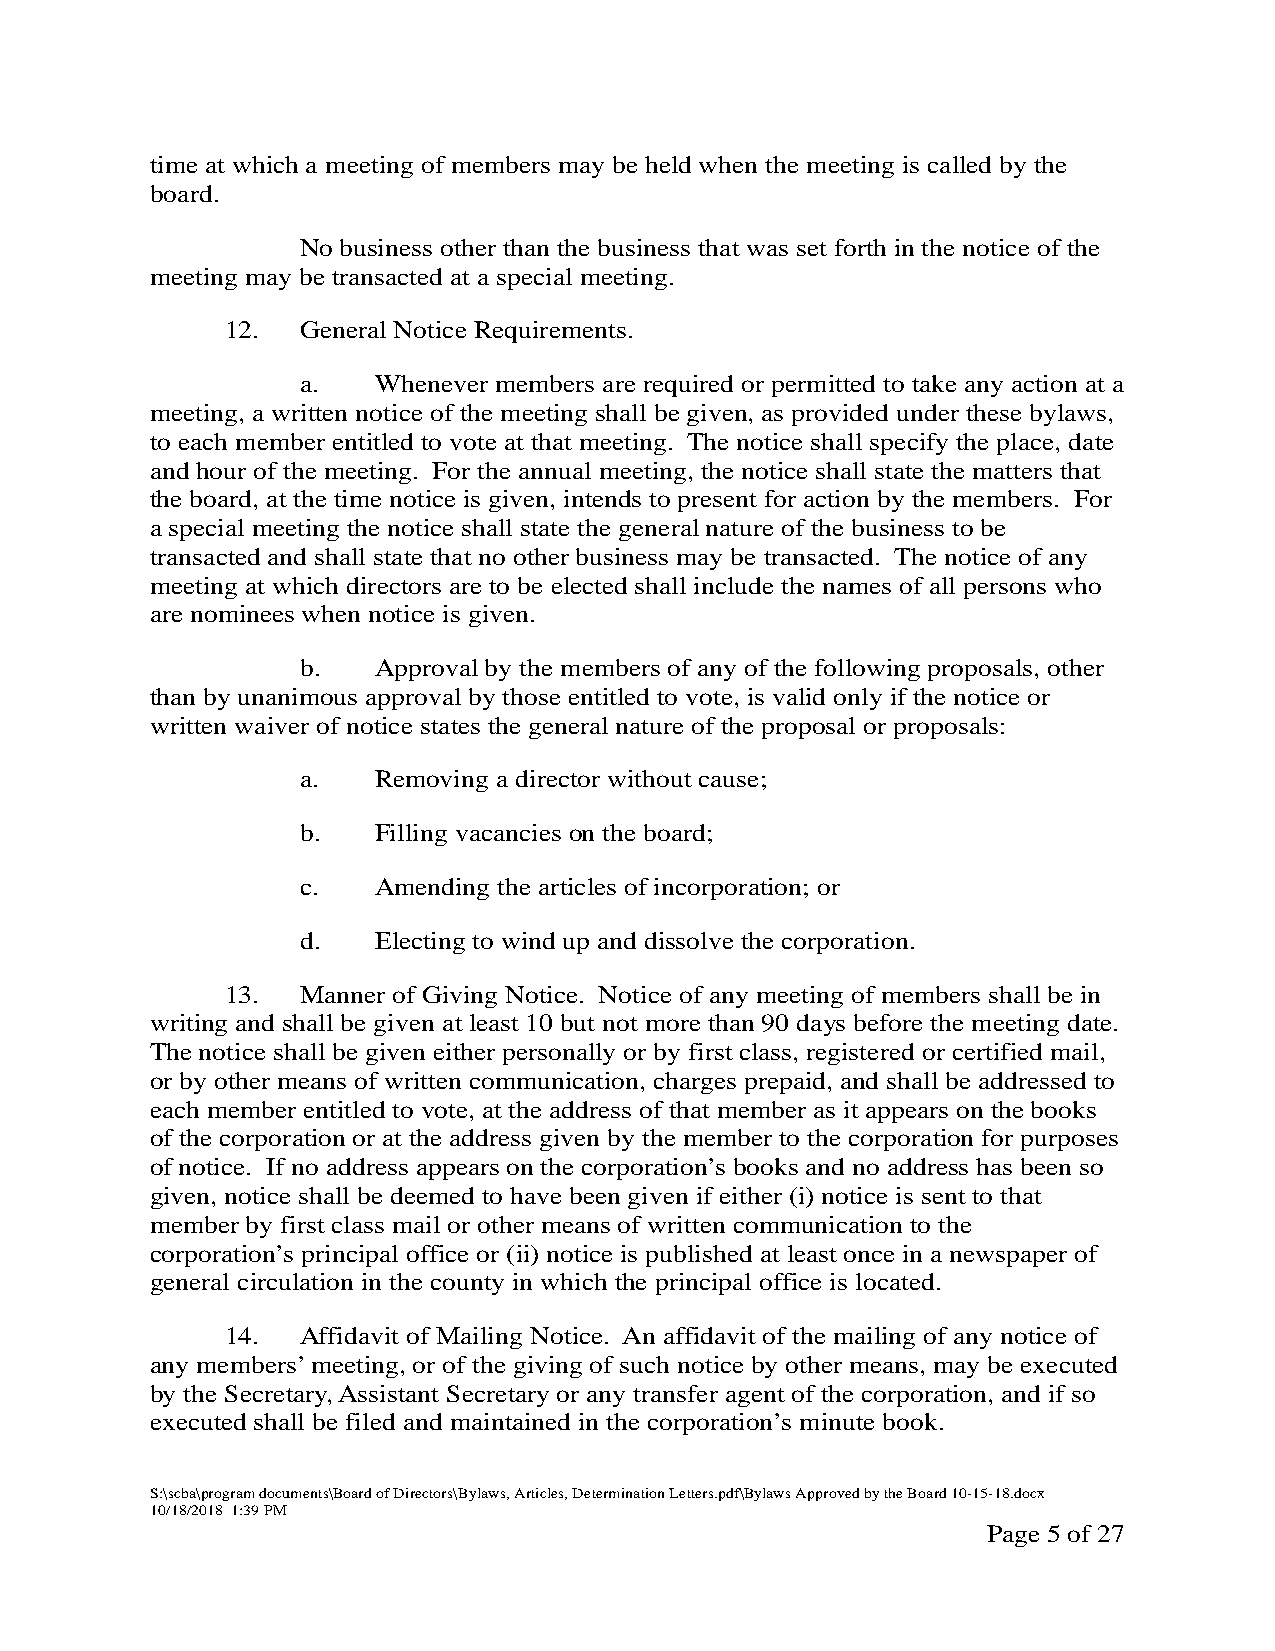
time at which a meeting of members may be held when the meeting is called by the
 board.
 No business other than the business that was set forth in the notice of the
 meeting may be transacted at a special meeting.
 12.  General Notice Requirements.
 a.   Whenever members are required or permitted to take any action at a
 meeting, a written notice of the meeting shall be given, as provided under these bylaws,
 to each member entitled to vote at that meeting. The notice shall specify the place, date
 and hour of the meeting. For the annual meeting, the notice shall state the matters that
 the board, at the time notice is given, intends to present for action by the members. For
 a special meeting the notice shall state the general nature of the business to be
 transacted and shall state that no other business may be transacted. The notice of any
 meeting at which directors are to be elected shall include the names of all persons who
 are nominees when notice is given.
 b.   Approval by the members of any of the following proposals, other
 than by unanimous approval by those entitled to vote, is valid only if the notice or
 written waiver of notice states the general nature of the proposal or proposals:
 a.   Removing a director without cause;
 b.   Filling vacancies on the board;
 c.   Amending the articles of incorporation; or
 d.   Electing to wind up and dissolve the corporation.
 13.  Manner of Giving Notice. Notice of any meeting of members shall be in
 writing and shall be given at least 10 but not more than 90 days before the meeting date.
 The notice shall be given either personally or by first class, registered or certified mail,
 or by other means of written communication, charges prepaid, and shall be addressed to
 each member entitled to vote, at the address of that member as it appears on the books
 of the corporation or at the address given by the member to the corporation for purposes
 of notice. If no address appears on the corporation’s books and no address has been so
 given, notice shall be deemed to have been given if either (i) notice is sent to that
 member by first class mail or other means of written communication to the
 corporation’s principal office or (ii) notice is published at least once in a newspaper of
 general circulation in the county in which the principal office is located.
 14.  Affidavit of Mailing Notice. An affidavit of the mailing of any notice of
 any members’ meeting, or of the giving of such notice by other means, may be executed
 by the Secretary, Assistant Secretary or any transfer agent of the corporation, and if so
 executed shall be filed and maintained in the corporation’s minute book.
 S:\scba\program documents\Board of Directors\Bylaws, Articles, Determination Letters.pdf\Bylaws Approved by the Board 10-15-18.docx
 10/18/2018 1:39 PM
 Page 5 of 27